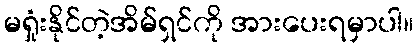
မရှုံးနိုင်တဲ့အိမ်ရှင်ကို အားပေးရမှာပါ။